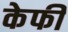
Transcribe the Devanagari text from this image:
केफी